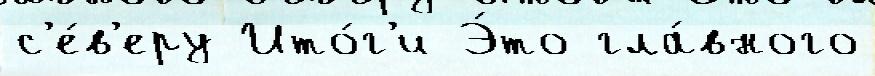
с'е́в'еру Ито́г'и Э́то гла́вного